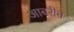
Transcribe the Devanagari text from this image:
आबरीन